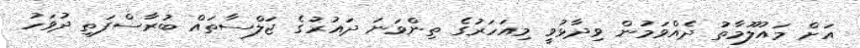
އަށް މައުލޫމާތު ދެއްވަމުން ވިދާޅުވީ މިއަހަރުގެ ތިންވަނަ ދައުރުގެ ޖަލްސާތައް ބުރާސްފަތި ދުވަހު